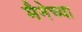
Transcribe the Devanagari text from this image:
मैनेच्या